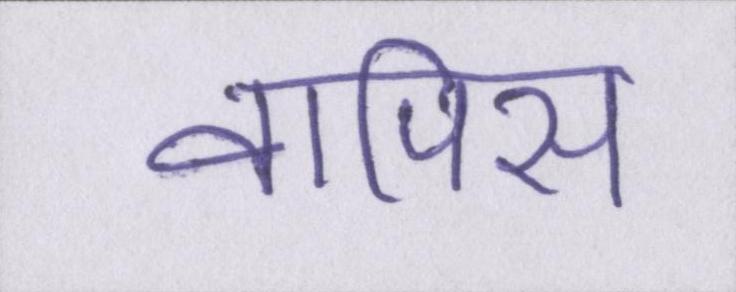
वापिस